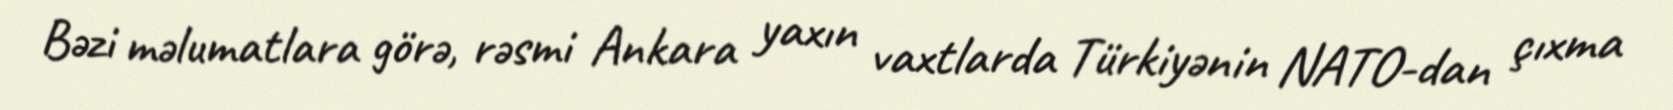
Bəzi məlumatlara görə, rəsmi Ankara yaxın vaxtlarda Türkiyənin NATO-dan çıxma